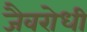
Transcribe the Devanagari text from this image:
जैवरोधी